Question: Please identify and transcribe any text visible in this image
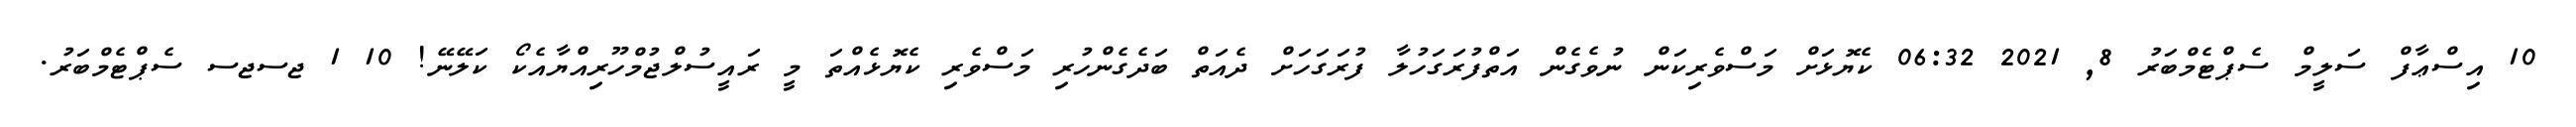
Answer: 10 އިސްޢާފް ސަލީމް ސެޕްޓެމްބަރު 8, 2021 06:32 ކެޔޮޅަށް މަސްވެރިކަން ނުވެގެން އަތްފުރަގަހުލާ ފުރަގަހަށް ދެއަތް ބަދެގެންހުރި މަސްވެރި ކެޔޮޅެއްތަ މީ ރައީސުލްޖުމްހޫރިއްޔާއެކޯ ކަލޭނޭ! 10 1 ޖސޖސ ސެޕްޓެމްބަރު.